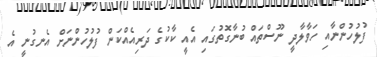
ފުލުހުންނާއި ހަވާލާދީ ނޫސްތައް ބުނާގޮތުގައި އެއީ ކާކުގެ ދަރިއެއްކަން ފުލުހުންނަށް އެނގުނީ އެ